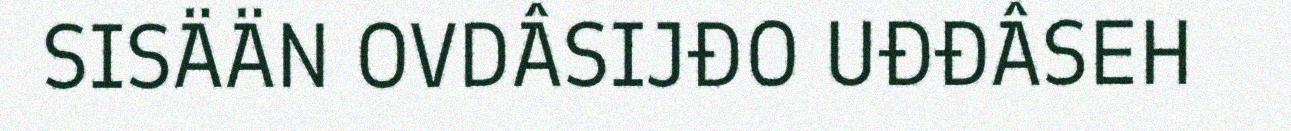
SISÄÄN OVDÂSIJĐO UĐĐÂSEH